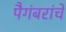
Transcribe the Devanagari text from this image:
पैगंबरांचे